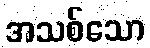
အသစ်သော